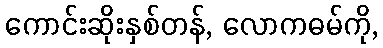
ကောင်းဆိုးနှစ်တန်, လောကဓမ်ကို,